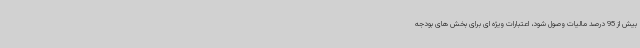
بیش از 95 درصد مالیات وصول شود، اعتبارات ویژه ای برای بخش های بودجه